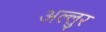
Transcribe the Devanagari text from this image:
अल्लुर